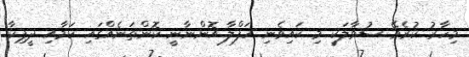
މިހާރު ކުރެވޭ ސުވާލަކީ މި ކައިވެނި ހަފްލާ އޮންނާނީ ކޮންތަނެއްގައި ކަމާއި ދީޕިކާ